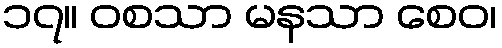
၁၇။ ဝစသာ မနသာ စေဝ၊